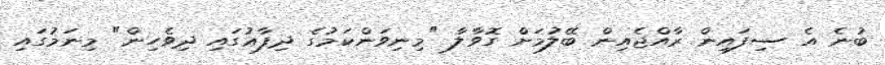
ބުނެ އެ ސިފައިން ރާއްޖެއިން ބޭލުމަށް ގޮވާލާ "މިނިވަންކަމުގެ ދިފާޢުގައި ދިވެހިން" މިނަމުގައި